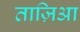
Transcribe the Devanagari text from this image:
ताज़िआ